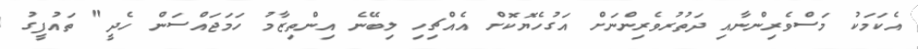
އެކަމަކު މަސްވެރިންނާއި ދަތުރުވެރިންނަށް އަގުހެޔޮކޮށް އެއްޗިހި ލިބޭނެ އިންތިޒާމު ހަމަޖައްސަން ހެދީ" ތައުފީގު